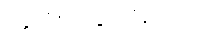
အသုံးပြုခြင်းခံရသော